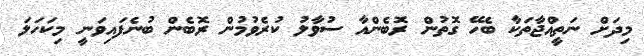
މިދަށް ނަތީއްޖާތަކާ ބެހޭ ގޮތުން ރޮބެންއާ ސުވާލު ކުރެވުމުން ރޮބެން ބުނެފައިވަނީ މިކަހަލަ